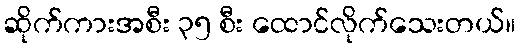
ဆိုက်ကားအစီး ၃၅ စီး ထောင်လိုက်သေးတယ်။